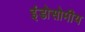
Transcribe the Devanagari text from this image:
इंडोसोमीय